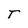
Character: T